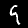
Digit: 9